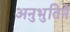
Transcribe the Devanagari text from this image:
अनुभुतिने